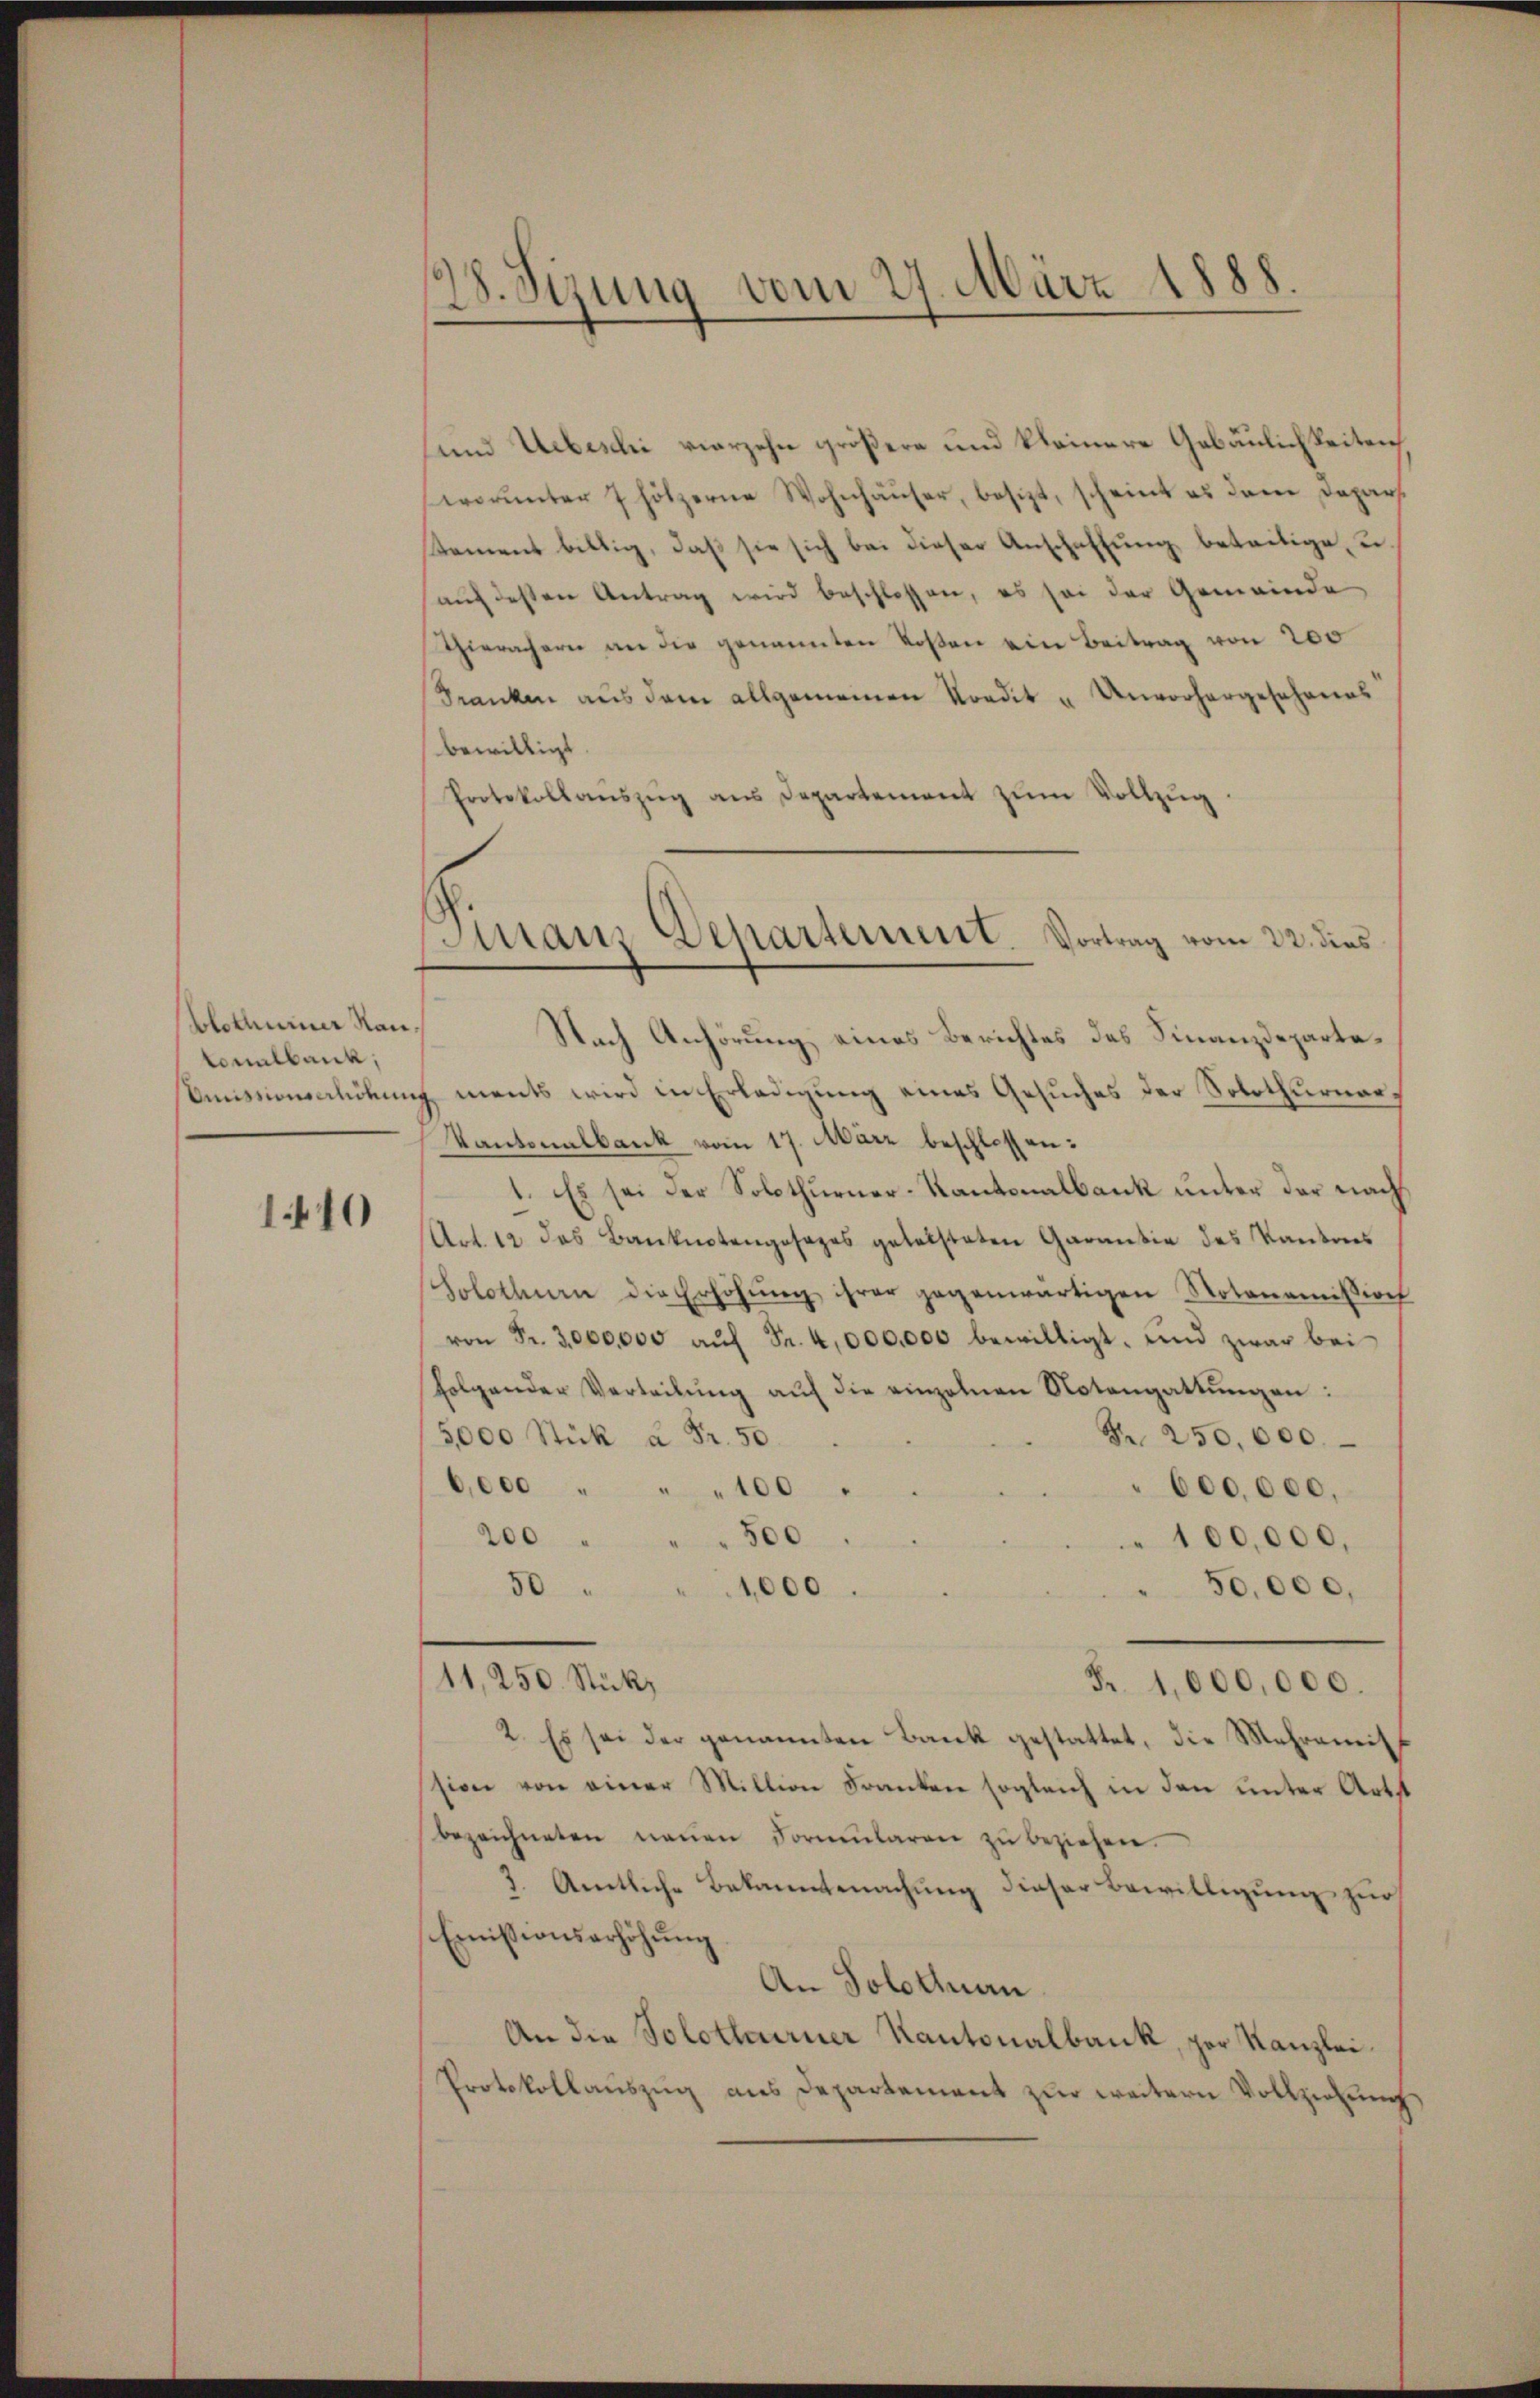
blothurner Rautonalbank,

1.410

128. Sizung vom 27. März 1888.

und Uebeschi vierzehn größere und kleinere Gebäulichkeiten,
worunter 7 hölzerne Wohnhäuser, besizt, scheint es dem Depars.
Sament billig, daβ sie sich bei dieser Anschaffŭng beteilige, u.
auf dessen Antrag wird beschlossen, es sei der Gemeinde
Thierachern an die genannten Tosen ein Beitrag von 200
Franken aus dem allgemeinen Kondit u. Unvorhergeschenes
bewilligt
Protokollaŭszŭg aŭs Departement zŭm Vollzŭg.
Nach Anhörung eines Berichtes des Finanzdeparte¬
Amissionenlichung ments wird in Erledigung eines Gesuches der Solothurner¬
Kantonalbank vom 17. März beschlossen:
1. Es sei der Solothurner-Kantonalbank unter der nach
Art. 12 des Banknotengesezes geleisteten Garantie des Kantons
Solothurn die Erhöhŭng ihrer gegenwärtigen Notonomision
von Fr. 3,000,000 auf Fr. 4,000,000 bewilligt, und zwar bei
folgender Vertribung auf die einzelnen Notengattungen:
Nr. 250,000.
/5,000 Stück à Fr. 50.
6,000 " " " 100 "
600,000.
500
200
" 100,000.
1,000
50,000,
50
11, 250 Stück
Fr. 1,000,000.
2. Es sei der genannten Bank gestattet, die Mehrenmitsion von einer Million Franken sogleich in den unter Art
bezeichneten neŭen Formŭlaren zŭ beziehen.
2. Amtliche Bekanntmachung dieser Bewilligung zur
Emissionserhöhung
An Solothurn
An die Solothurner Kantonalbank, per Kanzlei¬
Protokollauszug aus Departement zur weitern Vollziehung

Emanz Departement. Vortrag vom 22. dies